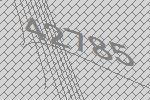
42785